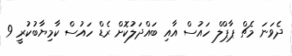
ދެވަނަ މެޗް ޕާޕްލް ހައުސް އާއި ބައްދަލުކޮށް ރެޑް ހައުސް ކާމިޔާބުކުރީ 9